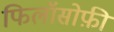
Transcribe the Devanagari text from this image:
फिलॉसोफ़ी